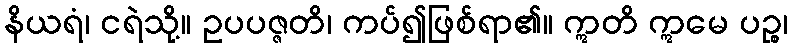
နိယရံ၊ ငရဲသို့။ ဥပပဇ္ဇတိ၊ ကပ်၍ဖြစ်ရာ၏။ ဣတိ ဣမေ ပဉ္စ၊